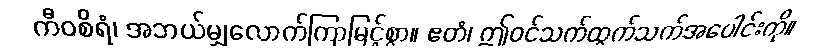
ကီဝစိရံ၊ အဘယ်မျှလောက်ကြာမြင့်စွာ။ ဧတံ၊ ဤဝင်သက်ထွက်သက်အပေါင်းကို။